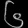
Digit: ၆